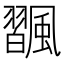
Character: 飁